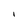
Character: I